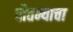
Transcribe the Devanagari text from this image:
चौतन्याचा